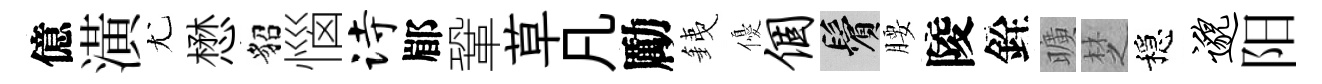
億潢尤懋貂惱诗郿鞏草凡勵銕優个鬢腰陵銓曠椘穩邈阳